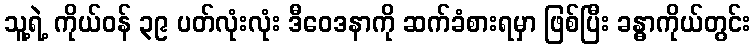
သူ့ရဲ့ ကိုယ်ဝန် ၃၉ ပတ်လုံးလုံး ဒီဝေဒနာကို ဆက်ခံစားရမှာ ဖြစ်ပြီး ခန္ဓာကိုယ်တွင်း